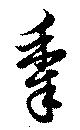
黍